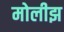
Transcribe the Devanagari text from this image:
मोलीझ